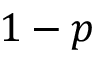
1 - p